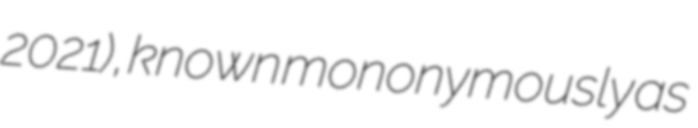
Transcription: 2021), known mononymously as